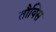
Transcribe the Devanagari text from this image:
तौक्सि